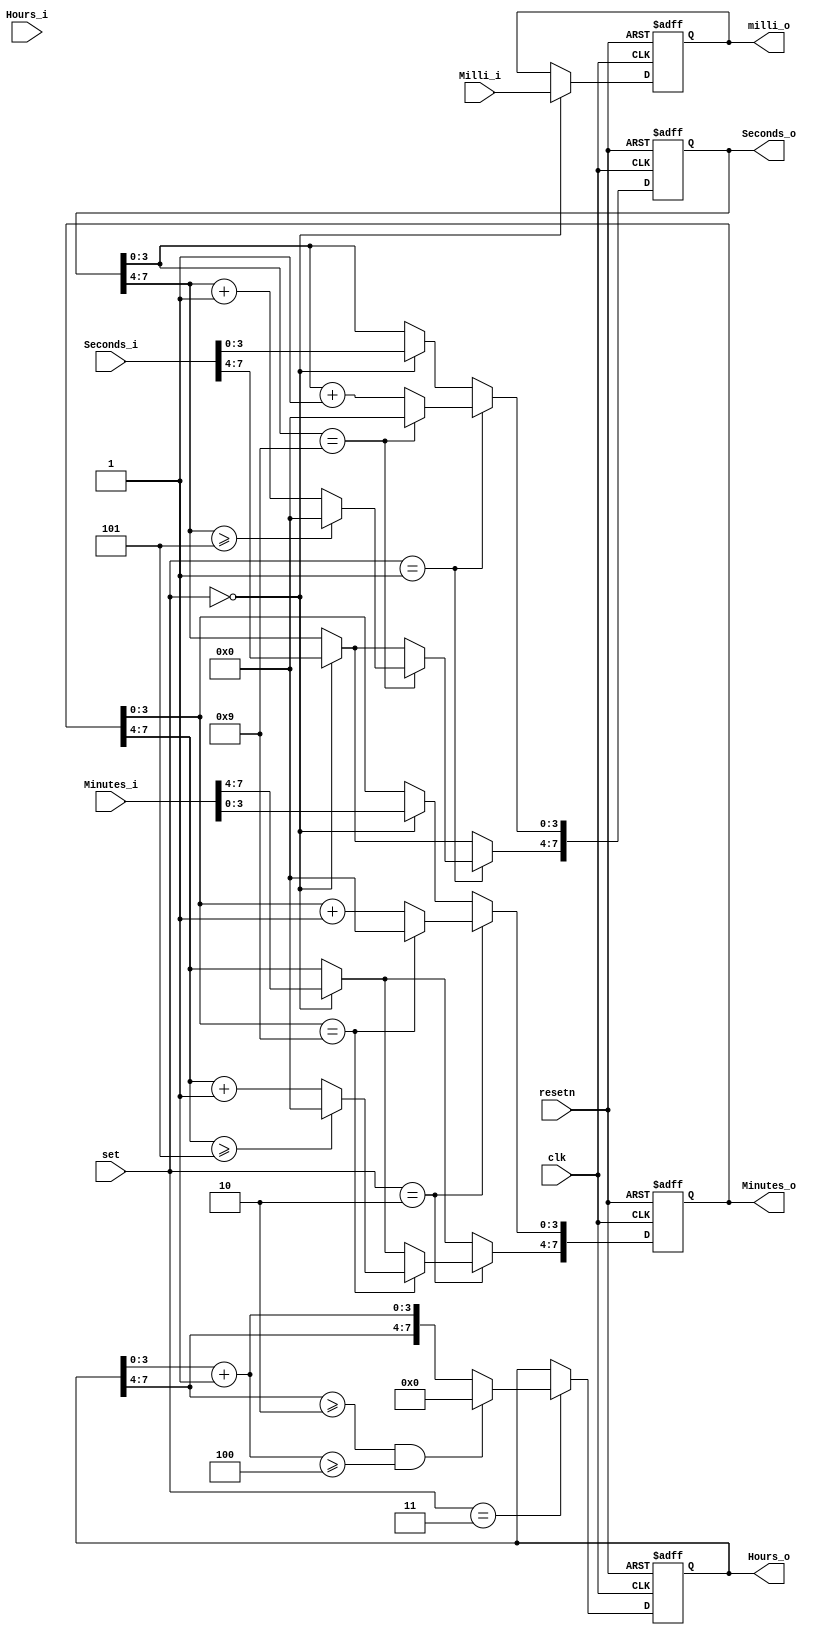
`timescale 1ns / 1ps
//////////////////////////////////////////////////////////////////////////////////
// Company: 
// Engineer: 
// 
// Design Name: 
// Module Name: Setter
// Project Name: 
// Target Devices: 
// Tool Versions: 
// Description: 
// 
// Dependencies: 
// 
// Revision:
// Revision 0.01 - File Created
// Additional Comments:
// 
//////////////////////////////////////////////////////////////////////////////////


module Setter(clk,resetn,set,Hours_i,Minutes_i,Seconds_i,Milli_i,Hours_o,Minutes_o,Seconds_o,milli_o

    );
    
input clk, resetn;
input[1:0] set;
input [7:0] Minutes_i,Hours_i,Seconds_i;
input [11:0] Milli_i;
output reg [7:0] Minutes_o,Hours_o,Seconds_o;
output reg [11:0] milli_o;    
    
always @(posedge clk or negedge resetn)begin
 
 if(!resetn)begin
 Minutes_o <=0;
 Seconds_o <=0;
 Hours_o<=0;
 milli_o<=0;
 end else begin
 if(set == 2'b00)begin
 Seconds_o <= Seconds_i;
 milli_o <= Milli_i;
 Hours_o <= Hours_i;
 Minutes_o <= Minutes_i;
 end   
 if(set == 2'b01)begin
                        Seconds_o[3:0] <= Seconds_o + 1'b1;
                        if(Seconds_o[3:0] == 4'b1001)begin
                            Seconds_o[3:0] <= 0;
                            Seconds_o[7:4] <= Seconds_o[7:4] +1'b1;
                            if(Seconds_o[7:4] >= 4'b0101)begin
                                Seconds_o[7:4] <= 0;
                            end
                         end 
 end 
 if(set == 2'b10)begin
                                Minutes_o[3:0] <= Minutes_o[3:0] + 1'b1;
                                if(Minutes_o[3:0] == 4'b1001)begin
                                    Minutes_o[3:0] <= 0;
                                    Minutes_o[7:4] <= Minutes_o[7:4] + 1'b1;
                                    
                                    if(Minutes_o[7:4] >= 4'b0101)begin
                                        Minutes_o[7:4] <= 0;    
                                    end
                                end
end 
if(set== 2'b11) begin
                        Hours_o[3:0] = Hours_o[3:0]+1'b1;
                            if(Hours_o[3:0] == 4'b1010)begin
                                Hours_o[3:0] <=0;
                                Hours_o[7:4] <= Hours_o[7:4] + 1'b1;
                            
                             end
                             if((Hours_o[7:4] >= 4'b0010)&&(Hours_o[3:0] >= 4'b0100))begin
                                    Hours_o[7:0] = 8'b00000000;
                             end
        end

end
end


endmodule